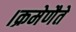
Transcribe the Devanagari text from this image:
।क्रमेणैते